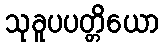
သုခူပပတ္တိယော